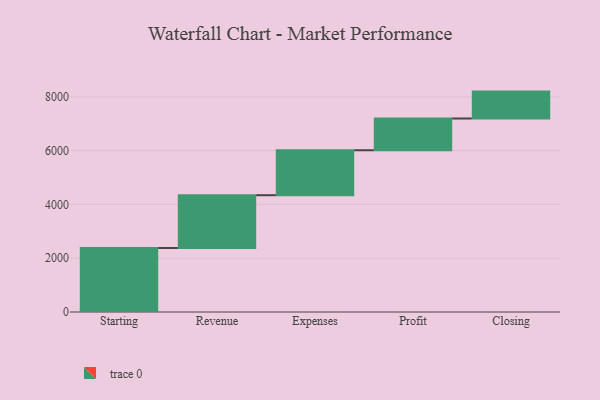
{"axis": {"x": "Step", "y": "Value"}, "legend": [""], "data": [{"x": "Starting", "y": 2378.0, "type": ""}, {"x": "Revenue", "y": 1963.0, "type": ""}, {"x": "Expenses", "y": 1671.0, "type": ""}, {"x": "Profit", "y": 1180.0, "type": ""}, {"x": "Closing", "y": 1000, "type": ""}]}